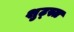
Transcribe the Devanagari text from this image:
शुट्स्त